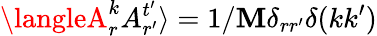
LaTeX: \langleA_{r}^{k}A_{r^{\prime}}^{t^{\prime}}\rangle=1/\mathbf{M}\delta_{rr^{\prime}}\delta(kk^{\prime})